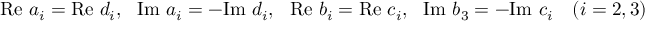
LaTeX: \mathrm { R e } ~ a _ { i } = \mathrm { R e } ~ d _ { i } , ~ ~ \mathrm { I m } ~ a _ { i } = - \mathrm { I m } ~ d _ { i } , ~ ~ \mathrm { R e } ~ b _ { i } = \mathrm { R e } ~ c _ { i } , ~ ~ \mathrm { I m } ~ b _ { 3 } = - \mathrm { I m } ~ c _ { i } ~ ~ ~ ( i = 2 , 3 )